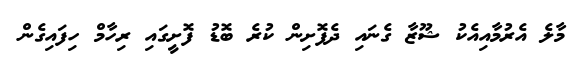
މާލެ އެރުމާއިއެކު ޝޫޒާ ގެނައި ދެފޮށިން ކުރެ ބޮޑު ފޮށީގައި ރިހާމް ހިފައިގެން